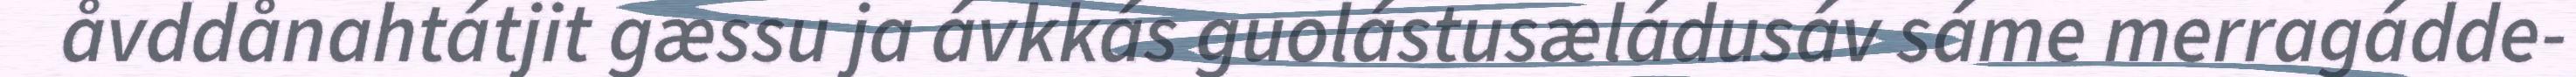
åvddånahtátjit gæssu ja ávkkás guolástusæládusáv sáme merragádde-